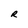
Character: R